Medical and sanitary report of the native army of Bengal for the year
Year: 1875
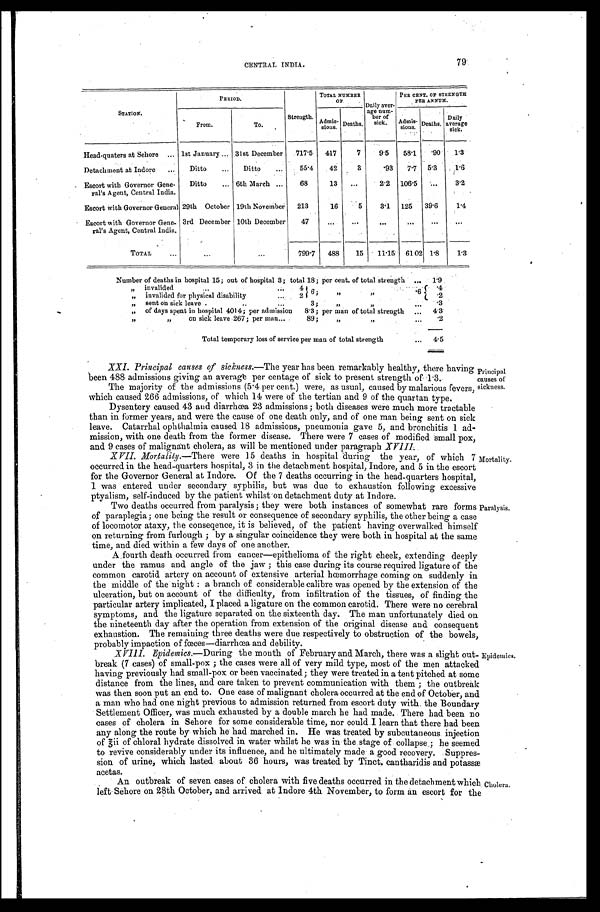
Mortality.
Paralysis.
79
CENTRAL INDIA.
STATION.
PERIOD.
Strength.
TOTAL NUMBER
OF Daily aver-
age num-
ber of
sick.
PER CENT. OF STRENGTH
PER ANNUM.
From.
To.
Admis
-sions.
D e a t h s .
A d m i s - s i o n s .
Deaths.
Daily
average
sick.
Head-quaters at Sehore . . . 1st January . . . 31st December
717.5
417
7
9.5
58.1
.90
1.3
Detachment at Indore . . .
Ditto
Ditto
55.4
42
3
.93
7.7 5.3 1.6
Escort with Governor Gene-
ral's Agent, Central India.
Ditto . . . 6th March . . .
68
13
. . .
2.2 106.5 . . .
3.2
Escort with Governor General 29th October 19th November
213
16
5
3.1
125
39.6
1.4
Escort with Governor Gene-
ral's Agent, Central India.
3rd December 10th December
47
. . .
. . .
. . .
. . .
. . .
. . .
TOTAL . . .
. . .
. . .
799.7
488
15
11.15 61.02 1.8
1.3
Number of deaths in hospital 15; out of hospital 3; total 18; per cent. of total strength . . .
1.9
" invalided . . . 4
6 ; " " . 6
.4
"
invalided for physical disability . . . 2
.2
" sent on sick leave . . . 3; " " . . .
.3
" of days spent in hospital 4014; per admission 8.3; per man of total strength . . .
4.3
" " on sick leave 267; per man . . . 89; " " . . .
.2
Total temporary loss of service per man of total strength . . .
4.5
XXI. Principal causes of sickness.— The year has been remarkably healthy, there having
been 488 admissions giving an average per centage of sick to present strength of 1.3.
The majority of the admissions (5.4 per cent.) were, as usual, caused by malarious fevers,
which caused 266 admissions, of which 14 were of the tertian and 9 of the quartan type.
Dysentery caused 43 and diarrhœa 23 admissions; both diseases were much more tractable
than in former years, and were the cause of one death only, and of one man being sent on sick
leave. Catarrhal ophthalmia caused 18 admissions, pneumonia gave 5, and bronchitis 1 ad
-mission, with one death from the former disease. There were 7 cases of modified small pox,
and 9 cases of malignant cholera, as will be mentioned under paragraphX V I I I .
XVII. Mortality.—There were 15 deaths in hospital during the year, of which 7
occurred in the head-quarters hospital, 3 in the detachment hospital, Indore, and 5 in the escort
for the Governor General at Indore. Of the 7 deaths occurring in the head-quarters hospital,
1 was entered under secondary syphilis, but was due to exhaustion following excessive
ptyalism, self-induced by the patient whilst-on detachment duty at Indore.
Principal
causes of
sickness.
Two deaths occurred from paralysis; they were both instances of somewhat rare forms
of paraplegia; one being the result or consequence of secondary syphilis, the other being a case
of locomotor ataxy, the conseqence, it is believed, of the patient having overwalked himself
on returning from furlough; by a singular coincidence they were both in hospital at the same
time, and died within a few days of one another.
A fourth death occurred from cancer—epithelioma of the right cheek, extending deeply
under the ramus and angle of the jaw; this case during its course required ligature of the
common carotid artery on account of extensive arterial hœmorrhage coming on suddenly in
the middle of the night: a branch of considerable calibre was opened by the extension of the
ulceration, but on account of the difficulty, from infiltration of the tissues, of finding the
particular artery implicated, I placed a ligature on the common carotid. There were no cerebral
symptoms, and the ligature separated on the sixteenth day. The man unfortunately died on
the nineteenth day after the operation from extension of the original disease and consequent
exhaustion. The remaining three deaths were due respectively to obstruction of the bowels
, probably impaction of fœces—diarrhœa, and debility.
XVIII. Epidemics.— During the month of February and March, there was a slight out
- b r e a k ( 7 c a s e s ) o f s m a l l - p o x ; t h e c a s e s w e r e a l l o f v e r y m i l d t y p e , m o s t o f t h e m e n a t t a c k e d
having previously had small-pox or been vaccinated; they were treated in a tent pitched at some
distance from the lines, and care taken to prevent communication with them; the outbreak
was then soon put an end to. One case of malignant cholera occurred at the end of. October, and
a man who had one night previous to admission returned from escort duty with the Boundary
Settlement Officer, was much exhausted by a double march he had made. There had been no
cases of cholera in Sehore for some considerable time, nor could I learn that there had been
any along the route by which he had marched in. He was treated by subcutaneous injection
o f < i l l e g i b l e > i i o f c h l o r a l h y d r a t e d i s s o l v e d i n w a t e r w h i l s t h e w a s i n t h e s t a g e o f c o l l a p s e ; h e s e e m e d
to revive considerably under its influence, and he ultimately made a good recovery. Suppres
-sion of urine, which lasted about 36 hours, was treated by Tinct. cantharidis and potassæ
acetas.
An outbreak of seven cases of cholera with live deaths occurred in the detachment which
left Sehore on 28th October, and arrived at Indore 4th November, to form an escort for the
Cholera.
Epidemics.